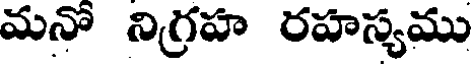
మనో నిగ్రహ రహస్యము